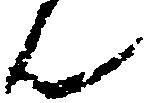
ん